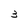
Character: 3